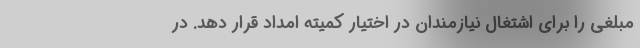
مبلغی را برای اشتغال نیازمندان در اختیار کمیته امداد قرار دهد. در